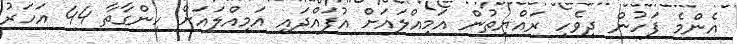
އެންމެ ފަހުން ދިވެހި ރައްޔިތުން އަމިއްލައަށް އުފައްދައި އަމިއްލައަށް ހިންގާތާ 44 އަހަރު